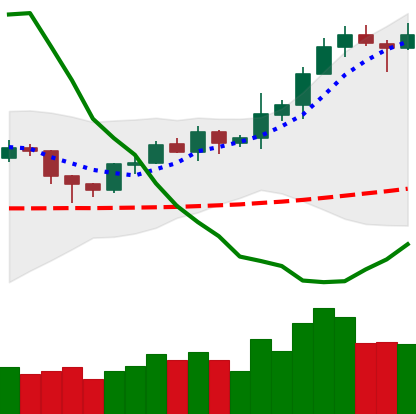
Ticker: XRP-USD
Chart end date: 2020-02-09
Forward return: 18.539%
Label: up_7plus